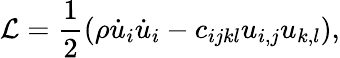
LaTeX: \mathcal{L}=\frac 12\left(\rho\dot{u}_{i}\dot{u}_{i}-c_{ijkl}u_{i,j}u_{k,l}\right),